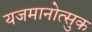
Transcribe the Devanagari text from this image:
यजमानोत्सुक